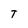
Character: T